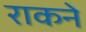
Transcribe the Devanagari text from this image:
राकने